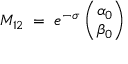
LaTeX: M _ { 1 2 } \; = \; e ^ { - \sigma } \; { \binom { \alpha _ { 0 } } { \beta _ { 0 } } }